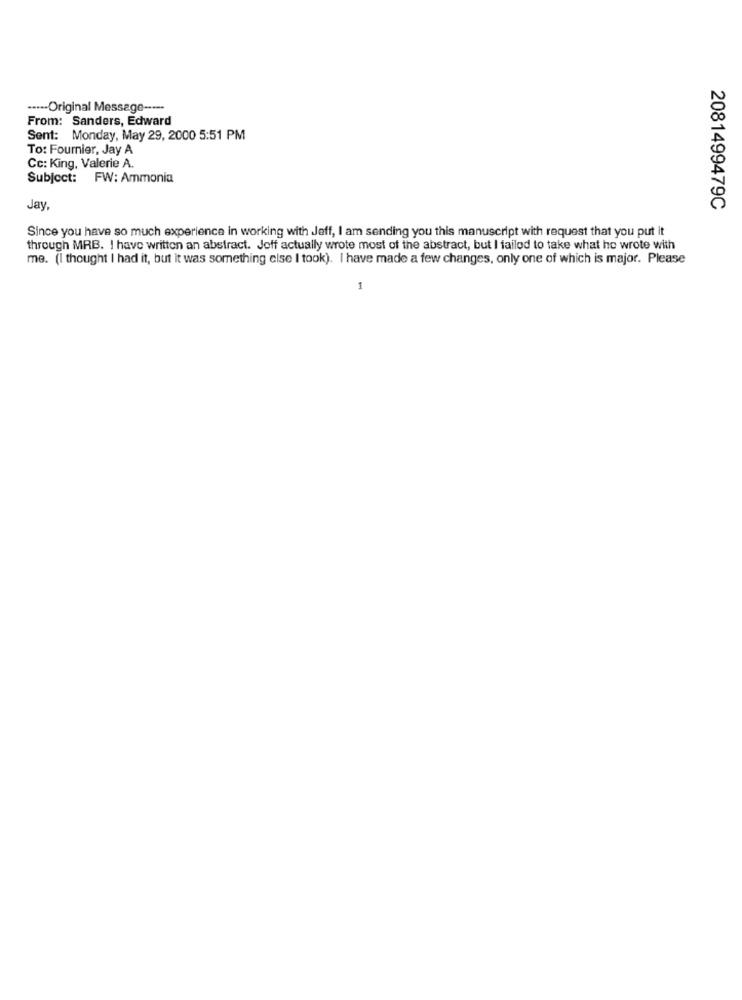
...-- Original Message ----
From: Sanders, Edward
Sent: Monday, May 29, 2000 5:51 PM
To: Fournier, Jay A
Cc: King, Valerie A.
Subject: FW: Ammonia
Jay,
2081499479C
Since you have so much experience in working with Jeff, I am sending you this manuscript with request that you put it
through MRB. I have written an abstract. Joff actually wrote most of the abstract, but I failed to take what he wrote with
me. (I thought I had it, but it was something else I took). I have made a few changes, only one of which is major. Please
1